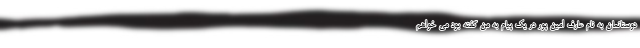
دوستانمان به نام عارف امین پور در یک پیام به من گفته بود می خواهم